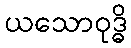
ယသောဝုဒ္ဓိ